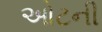
ઓટની